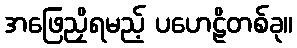
အဖြေညှိရမည့် ပဟေဠိတစ်ခု။